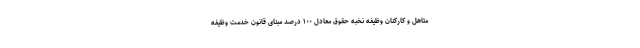
متاهل و کارکنان وظیفه نخبه حقوق معادل ۱۰۰ درصد مبنای قانون خدمت وظیفه